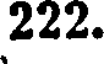
222.